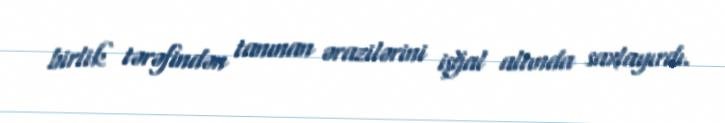
birlik tərəfindən tanınan ərazilərini işğal altında saxlayırdı.